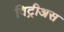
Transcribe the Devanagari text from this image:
विट्रीअस